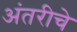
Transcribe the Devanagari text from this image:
अंतरीचे